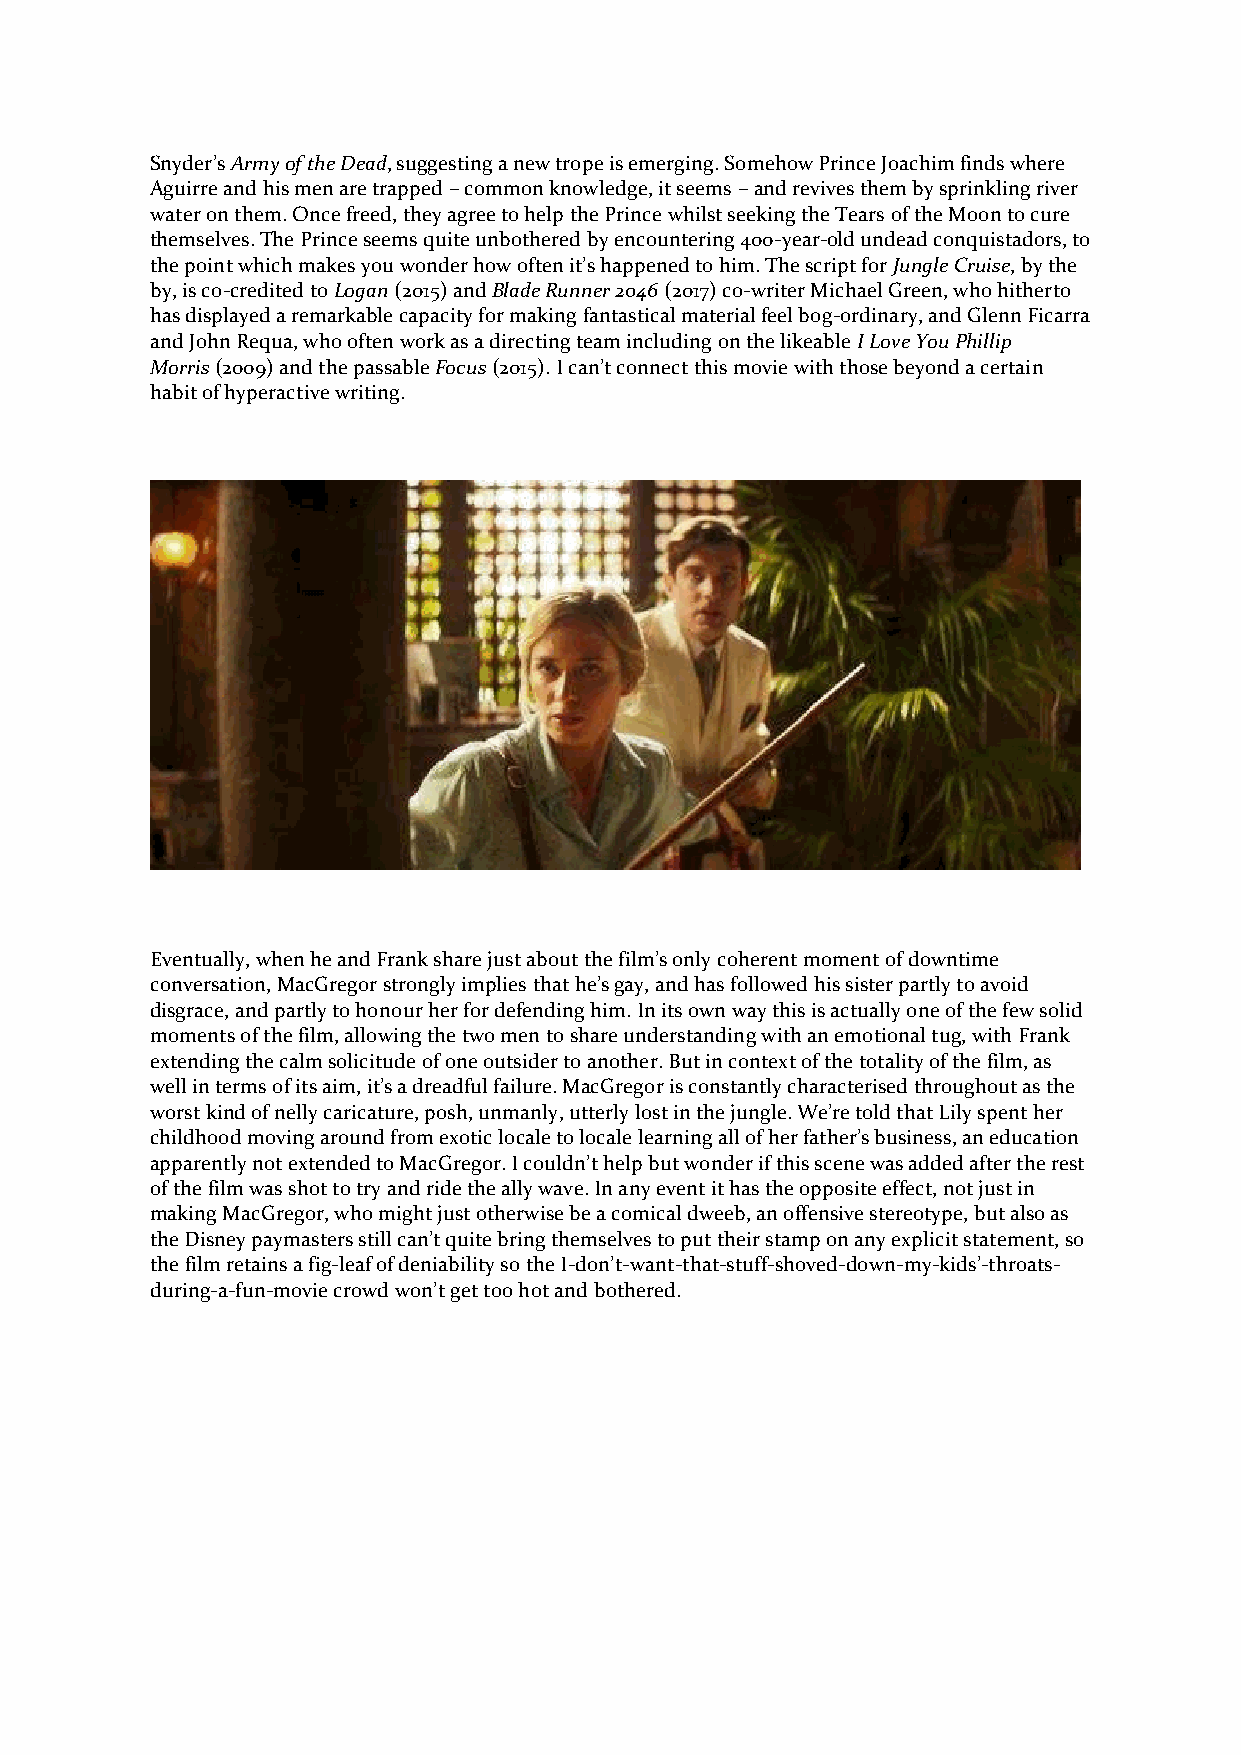
Snyder’s Army of the Dead, suggesting a new trope is emerging. Somehow Prince Joachim finds where
 Aguirre and his men are trapped – common knowledge, it seems – and revives them by sprinkling river
 water on them. Once freed, they agree to help the Prince whilst seeking the Tears of the Moon to cure
 themselves. The Prince seems quite unbothered by encountering 400-year-old undead conquistadors, to
 the point which makes you wonder how often it’s happened to him. The script for Jungle Cruise, by the
 by, is co-credited to Logan (2015) and Blade Runner 2046 (2017) co-writer Michael Green, who hitherto
 has displayed a remarkable capacity for making fantastical material feel bog-ordinary, and Glenn Ficarra
 and John Requa, who often work as a directing team including on the likeable I Love You Phillip
 Morris (2009) and the passable Focus (2015). I can’t connect this movie with those beyond a certain
 habit of hyperactive writing.
 Eventually, when he and Frank share just about the film’s only coherent moment of downtime
 conversation, MacGregor strongly implies that he’s gay, and has followed his sister partly to avoid
 disgrace, and partly to honour her for defending him. In its own way this is actually one of the few solid
 moments of the film, allowing the two men to share understanding with an emotional tug, with Frank
 extending the calm solicitude of one outsider to another. But in context of the totality of the film, as
 well in terms of its aim, it’s a dreadful failure. MacGregor is constantly characterised throughout as the
 worst kind of nelly caricature, posh, unmanly, utterly lost in the jungle. We’re told that Lily spent her
 childhood moving around from exotic locale to locale learning all of her father’s business, an education
 apparently not extended to MacGregor. I couldn’t help but wonder if this scene was added after the rest
 of the film was shot to try and ride the ally wave. In any event it has the opposite effect, not just in
 making MacGregor, who might just otherwise be a comical dweeb, an offensive stereotype, but also as
 the Disney paymasters still can’t quite bring themselves to put their stamp on any explicit statement, so
 the film retains a fig-leaf of deniability so the I-don’t-want-that-stuff-shoved-down-my-kids’-throats-
 during-a-fun-movie crowd won’t get too hot and bothered.